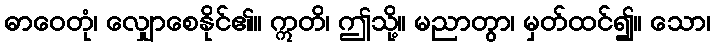
ဓာဝေတုံ၊ လျှောစေနိုင်၏။ ဣတိ၊ ဤသို့။ မညာတွာ၊ မှတ်ထင်၍။ သော၊